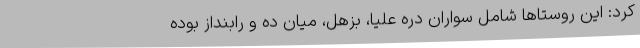
کرد: این روستاها شامل سواران دره علیا، بزهل، میان ده و رابنداز بوده